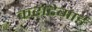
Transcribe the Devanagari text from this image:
कराटेगार्ड